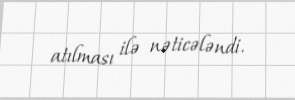
atılması ilə nəticələndi.